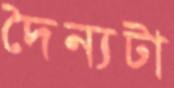
দৈন্যটা